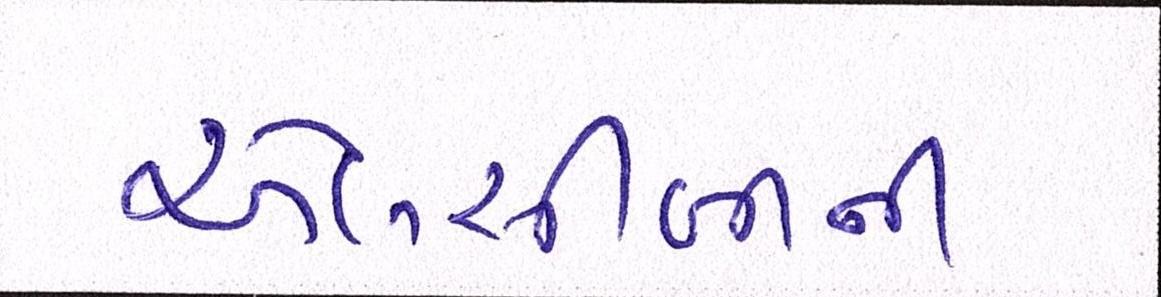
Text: એલસીબીની